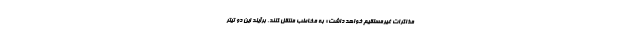
مذاکرات غیرمستقیم خواهد داشت» به مخاطب منتقل کنند. برآیند این دو تیتر